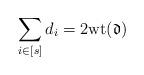
LaTeX: \begin{align*}\sum_{i \in [s]}d_i = 2{\rm wt}(\mathfrak{d})\end{align*}